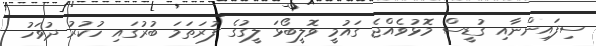
ސިފައިންނާއި ގުޑީސް މޮޅުވެއްޖެ ގައުމީ ވޮލީބޯޅަ ލީގުގެ ފުރަތަމަ ބުރުގައި ހުކުރު ދުވަހު